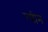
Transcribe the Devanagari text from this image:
रवीन